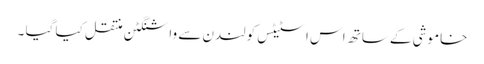
خاموشی کے ساتھ اس اسٹیٹس کولندن سے واشنگٹن منتقل کیا گیا ۔